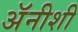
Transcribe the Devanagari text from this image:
अॅनीशी